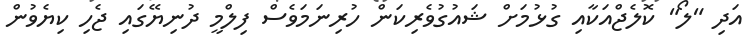
އަދި "ލޯ" ކޮލެޖްއަކާއި ގުޅުމަށް ޝައުގުވެރިކަން ހުރިނަމަވެސް ފިލްމީ ދުނިޔޭގައި ޖެހި ކިޔެވުން